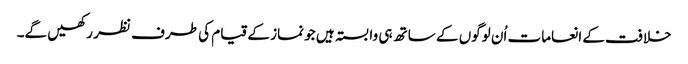
خلافت کے انعامات اُن لوگوں کے ساتھ ہی وابستہ ہیں جو نماز کے قیام کی طرف نظر رکھیں گے۔